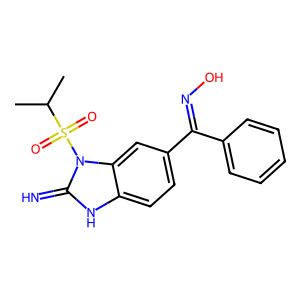
SMILES: CC(C)S(=O)(=O)n1c(=N)[nH]c2ccc(C(=NO)c3ccccc3)cc21
Inhibits HIV replication: Yes